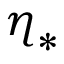
\boldsymbol { \eta } _ { * }